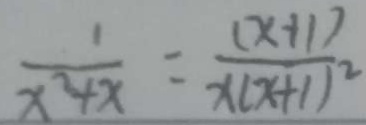
\frac { 1 } { x ^ { 2 } + x } = \frac { ( x + 1 ) } { x ( x + 1 ) ^ { 2 } }